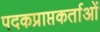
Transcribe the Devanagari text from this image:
पदकप्राप्तकर्ताओं